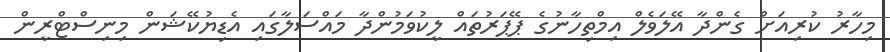
މިހާރު ކުރިއަށް ގެންދާ އޭލަވެލް އިމްތިހާނުގެ ޕޭޕަރުތައް ލީކުވަމުންދާ މައްސަލާގައި އެޑިޔުކޭޝަން މިނިސްޓްރީން